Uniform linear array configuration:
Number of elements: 12
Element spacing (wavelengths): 1
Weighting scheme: binomial
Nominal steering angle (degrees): -45
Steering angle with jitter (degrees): -43.852
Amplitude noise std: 0.05
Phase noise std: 0.05

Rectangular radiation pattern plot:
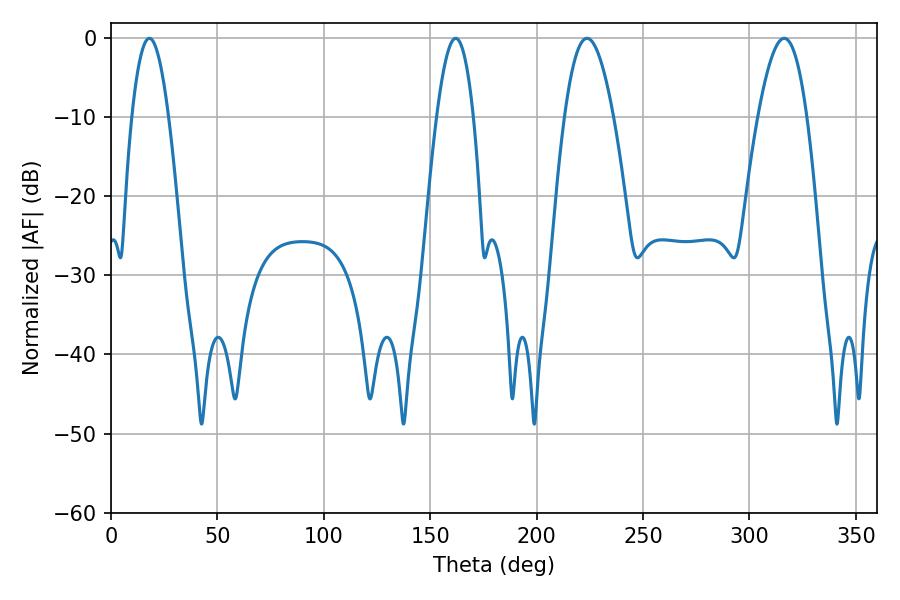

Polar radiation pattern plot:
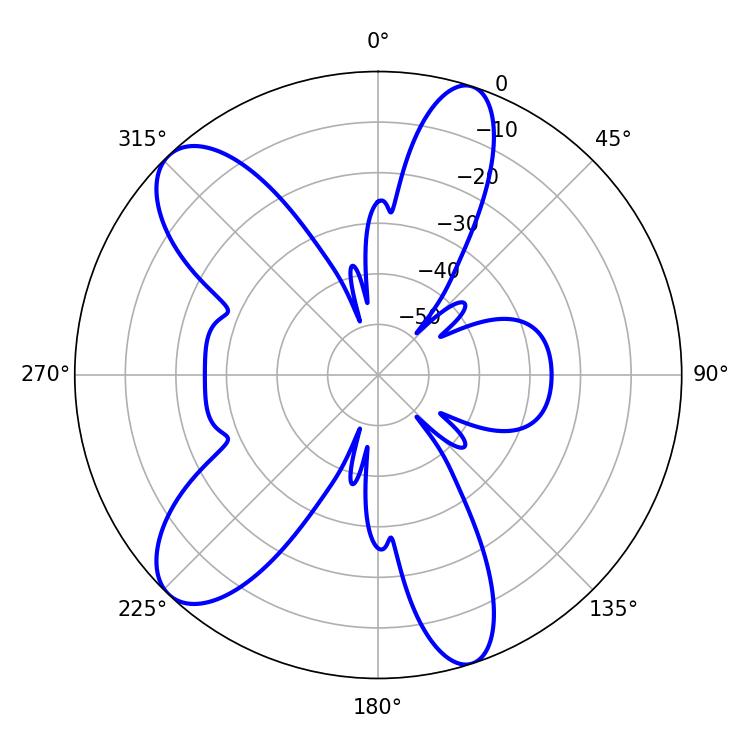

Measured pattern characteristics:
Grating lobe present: TRUE
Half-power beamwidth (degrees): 9.36
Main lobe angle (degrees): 18